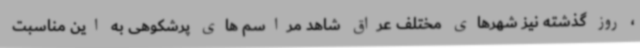
، روز گذشته نیز شهرهای مختلف عراق شاهد مراسم های پرشکوهی به این مناسبت